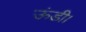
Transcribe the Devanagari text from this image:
ऊंडी।